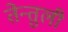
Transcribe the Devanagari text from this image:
तेन्तुली